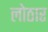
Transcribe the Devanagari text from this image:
लोठार